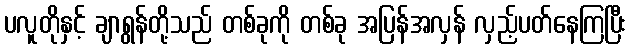
ပလူတိုနှင့် ချာရွန်တို့သည် တစ်ခုကို တစ်ခု အပြန်အလှန် လှည့်ပတ်နေကြပြီး